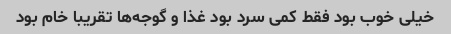
خیلی خوب بود فقط کمی سرد بود غذا و گوجه‌ها تقریبا خام بود